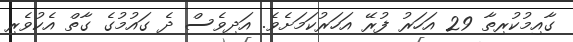
ގާއިމުކުރިތާ 29 އަހަރު ފުރޭ އަހަރުކަމަށެވެ. އަދިވެސް ދެ ގައުމުގެ ގާތް އެކުވެރި